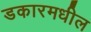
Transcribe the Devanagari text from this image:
डकारमधील